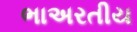
ભાઅરતીય